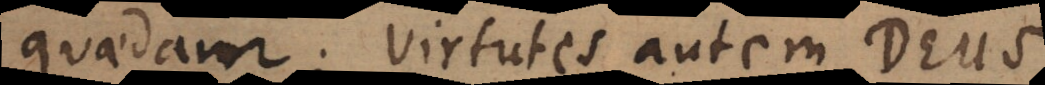
quaedam; virtutes autem Deus